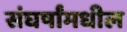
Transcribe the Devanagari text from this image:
संघर्षांमधील